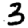
Digit: 3